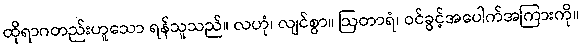
ထိုရာဂတည်းဟူသော ရန်သူသည်။ လဟုံ၊ လျင်စွာ။ ဩတာရံ၊ ဝင်ခွင့်အပေါက်အကြားကို။